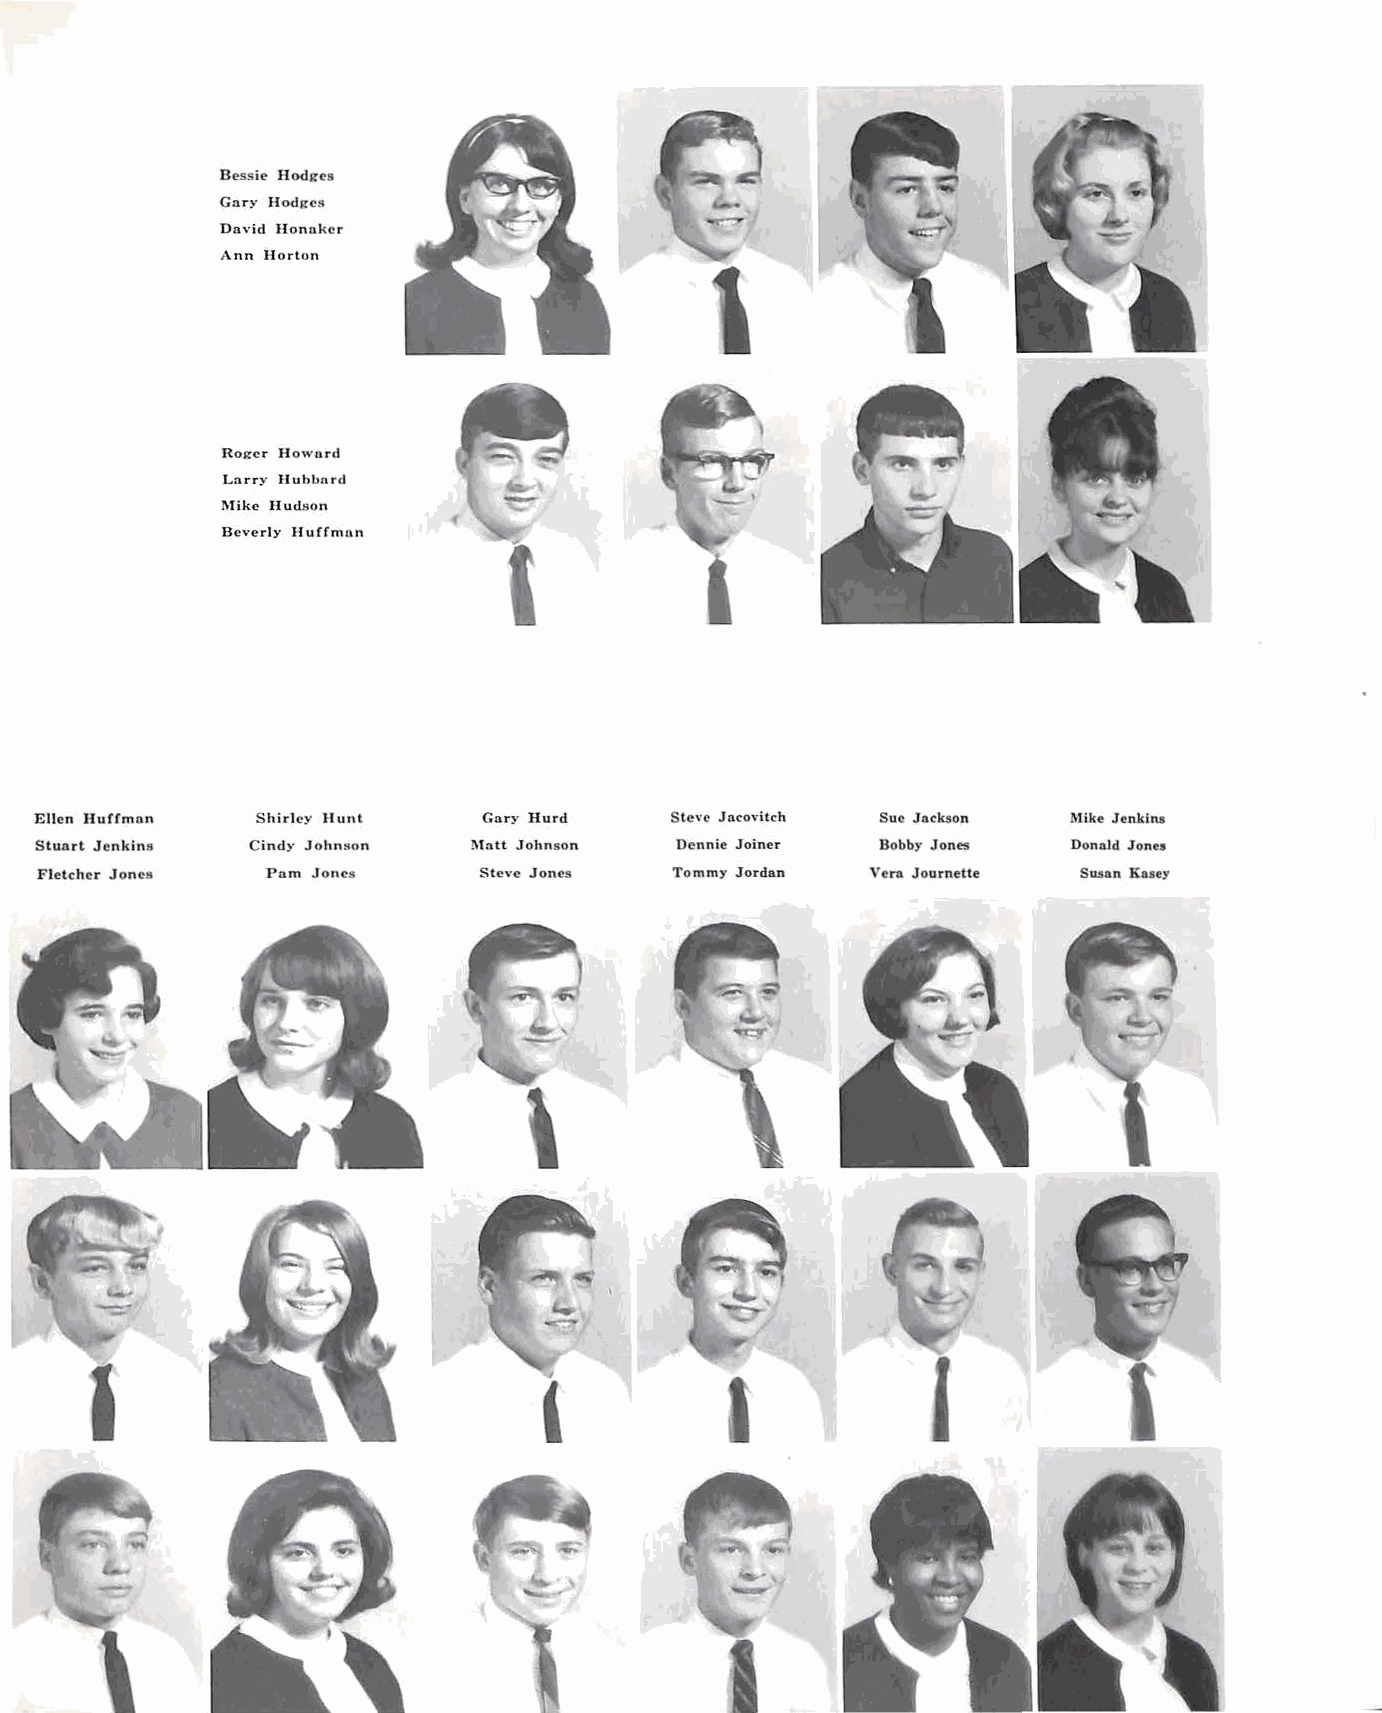
Bessie Rodges
 Gnry Hodges
 Dnvid Honnker
 Ann Horton
 Roger Howurd
 Lnrry Hublmrd
 !\like Hud80n
 Beverly Huffmnn
 Ellen Huffmnn  Shirley Hunt   Gnry Hurd    Steve Jncovitch Sue Jackson Mike Jenkins
 Stunrt Jenkins Cindy Johnson Mntt Johnson  Dennie Joiner Bobby Jones Donald Jonu
 Fletcher Jones Pnm Jones     Steve Jones  Tommy Jordan Vern Journette Susan Kasey
 \
 i
 \